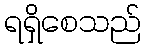
ရရှိစေသည်